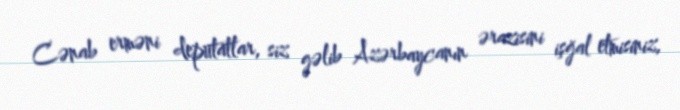
Cənab erməni deputatlar, siz gəlib Azərbaycanın ərazisini işğal etmisiniz,